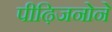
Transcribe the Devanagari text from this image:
पीढ़िजनोने